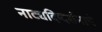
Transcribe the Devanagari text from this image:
नाट्यदिग्दर्शनाचे